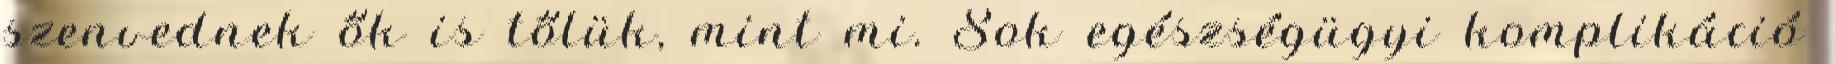
szenvednek ők is tőlük, mint mi. Sok egészségügyi komplikáció